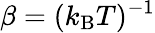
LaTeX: \beta=(k_{\mathrm{B}}T)^{-1}